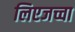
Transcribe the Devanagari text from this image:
लिएजच्चा